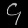
Digit: ၄